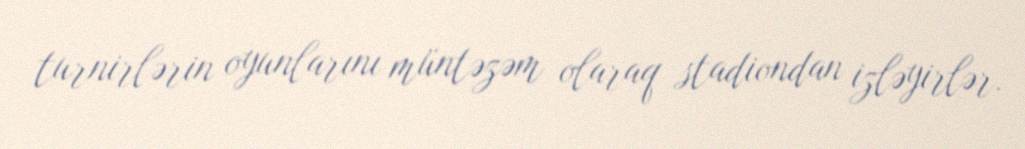
turnirlərin oyunlarını müntəzəm olaraq stadiondan izləyirlər.